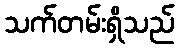
သက်တမ်းရှိသည်